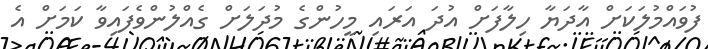
ފުވައްމުލަކަށް އާދަޔާ ހިލާފަށް އުދަ އަރައި މީހުންގެ މުދަލަށް ގެއްލުންވެފައިވާ ކަމަށް އެ